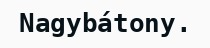
Nagybátony.